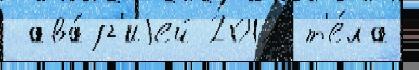
 ава́р'иjей 2012 т'е́ла